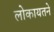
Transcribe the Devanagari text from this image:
लोकायतने